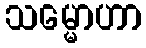
သမ္မောဟာ